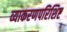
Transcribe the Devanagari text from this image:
व्याकरणपरिशिष्ट